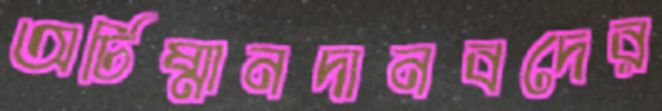
অর্চিষ্মানদানবদের